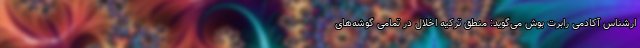
ارشناس آکادمی رابرت بوش می‌گوید: منطق ترکیه اخلال در تمامی گوشه‌های